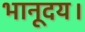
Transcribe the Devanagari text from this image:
भानूदय।